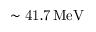
\mathrm { \sim 4 1 . 7 \, M e V }